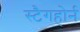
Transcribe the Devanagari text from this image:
स्टैगहोर्न